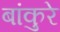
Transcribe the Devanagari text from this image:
बांकुरे